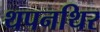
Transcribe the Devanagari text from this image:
थपनथिर